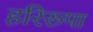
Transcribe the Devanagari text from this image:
हरिरूपा